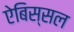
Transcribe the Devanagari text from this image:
ऐबिस्सल